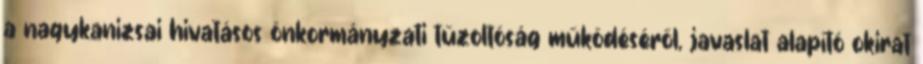
a nagykanizsai hivatásos önkormányzati tűzoltóság működéséről, javaslat alapító okirat